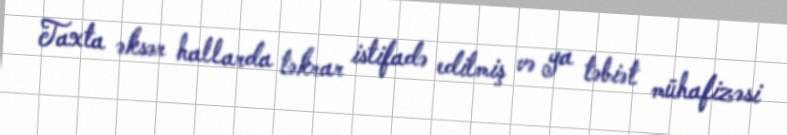
Taxta əksər hallarda təkrar istifadə edilmiş və ya təbiət mühafizəsi